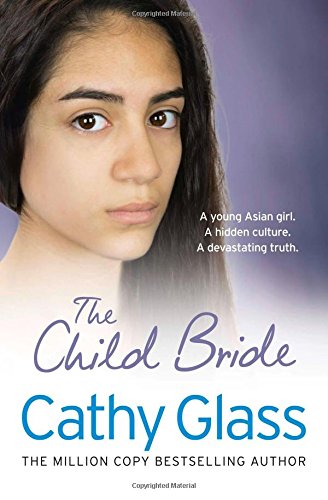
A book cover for The Child Bride; Cathy Glass; Parenting & Relationships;